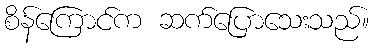
စိန်ကြောင်က ဆက်ပြောသေးသည်။